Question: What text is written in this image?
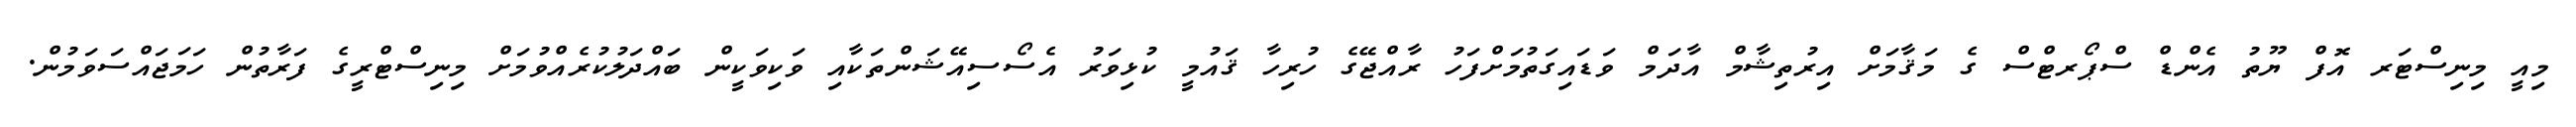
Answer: މިއީ މިނިސްޓަރ އޮފް ޔޫތު އެންޑް ސްޕޯރޓްސް ގެ މަޤާމަށް އިރުތިޝާމް އާދަމް ވަޑައިގަތުމަށްފަހު ރާއްޖޭގެ ހުރިހާ ޤައުމީ ކުޅިވަރު އެސޯސިއޭޝަންތަކާއި ވަކިވަކީން ބައްދަލުކުރެއްވުމަށް މިނިސްޓްރީގެ ފަރާތުން ހަމަޖައްސަވަމުން.